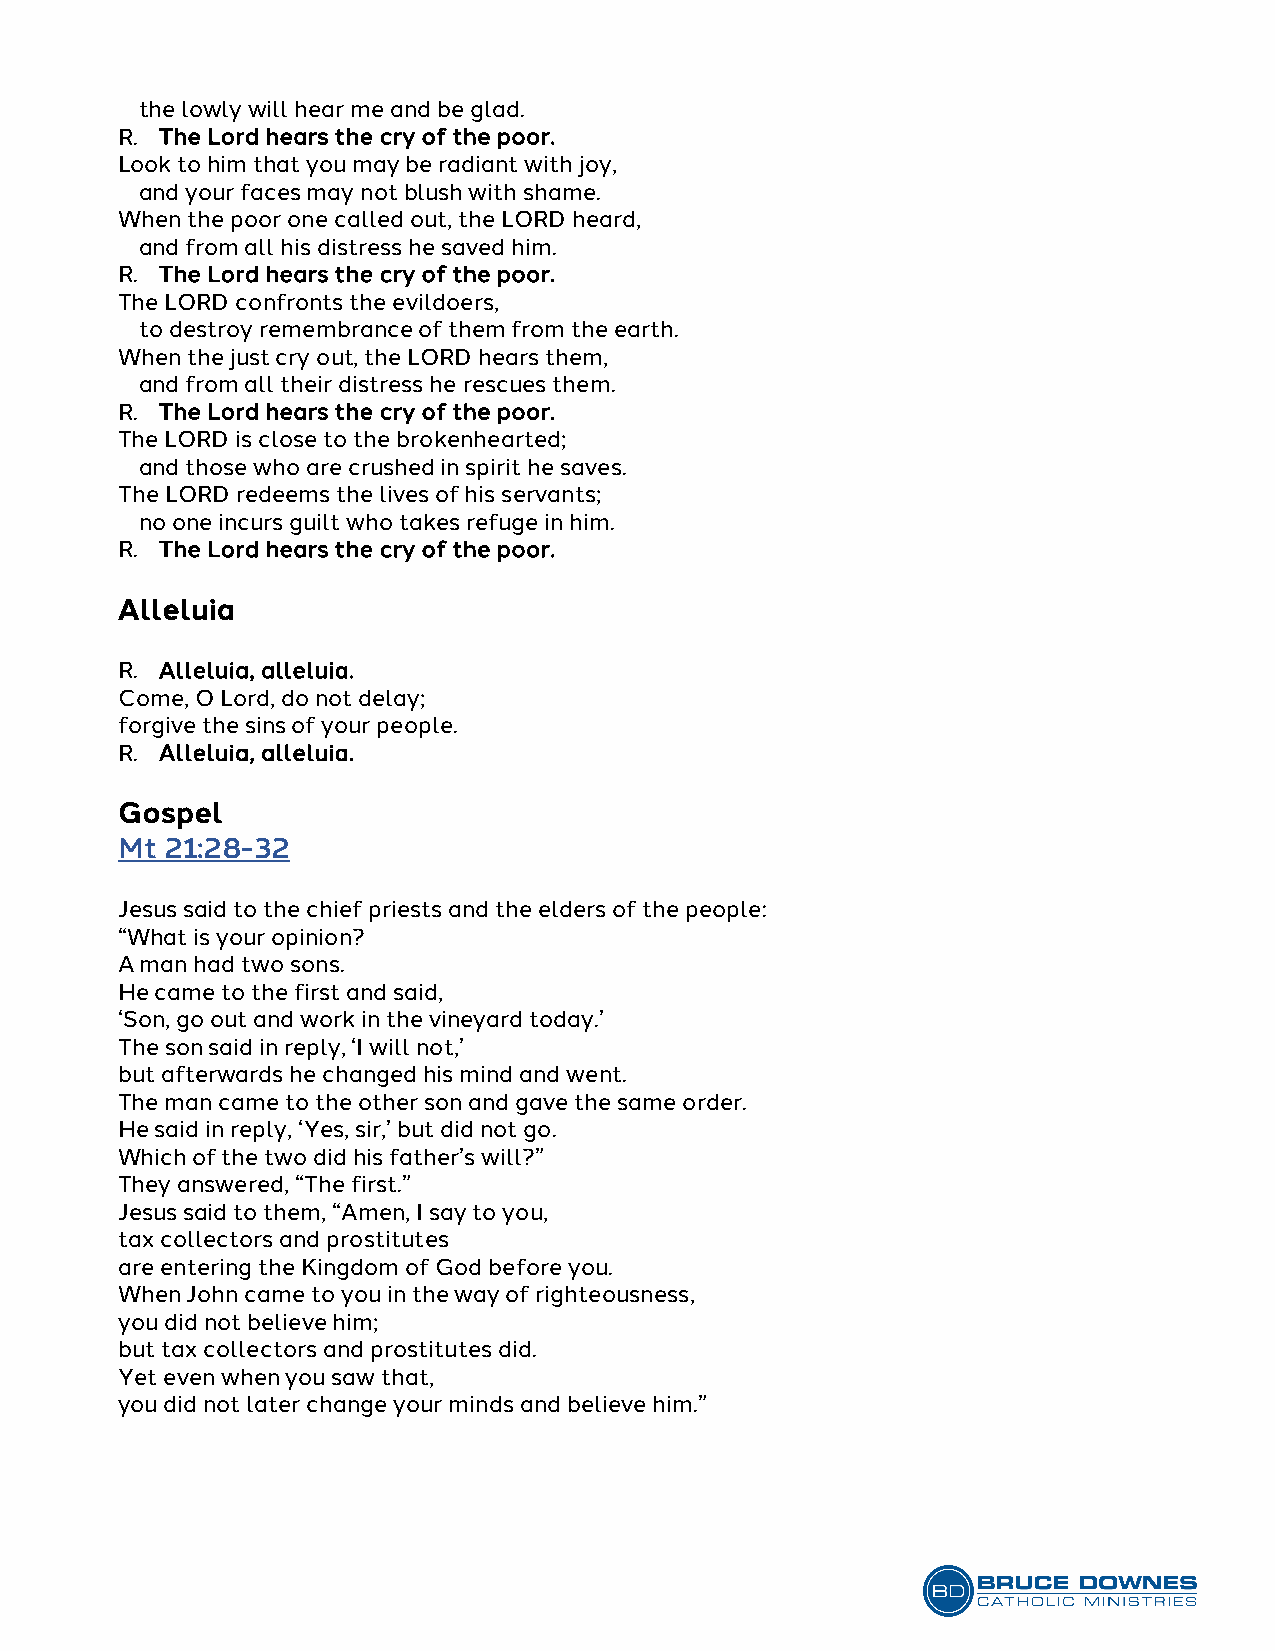
the lowly will hear me and be glad.
 R. The Lord hears the cry of the poor.
 Look to him that you may be radiant with joy,
 and your faces may not blush with shame.
 When the poor one called out, the LORD heard,
 and from all his distress he saved him.
 R. The Lord hears the cry of the poor.
 The LORD confronts the evildoers,
 to destroy remembrance of them from the earth.
 When the just cry out, the LORD hears them,
 and from all their distress he rescues them.
 R. The Lord hears the cry of the poor.
 The LORD is close to the brokenhearted;
 and those who are crushed in spirit he saves.
 The LORD redeems the lives of his servants;
 no one incurs guilt who takes refuge in him.
 R. The Lord hears the cry of the poor.
 Alleluia
 R. Alleluia, alleluia.
 Come, O Lord, do not delay;
 forgive the sins of your people.
 R. Alleluia, alleluia.
 Gospel
 Mt 21:28-32
 Jesus said to the chief priests and the elders of the people:
 “What is your opinion?
 A man had two sons.
 He came to the first and said,
 ‘Son, go out and work in the vineyard today.’
 The son said in reply, ‘I will not,’
 but afterwards he changed his mind and went.
 The man came to the other son and gave the same order.
 He said in reply, ‘Yes, sir,’ but did not go.
 Which of the two did his father’s will?”
 They answered, “The first.”
 Jesus said to them, “Amen, I say to you,
 tax collectors and prostitutes
 are entering the Kingdom of God before you.
 When John came to you in the way of righteousness,
 you did not believe him;
 but tax collectors and prostitutes did.
 Yet even when you saw that,
 you did not later change your minds and believe him.”